Civil Veterinary Dept. Bombay admin report 1900-1906 - 1900-1906
Year: 1900
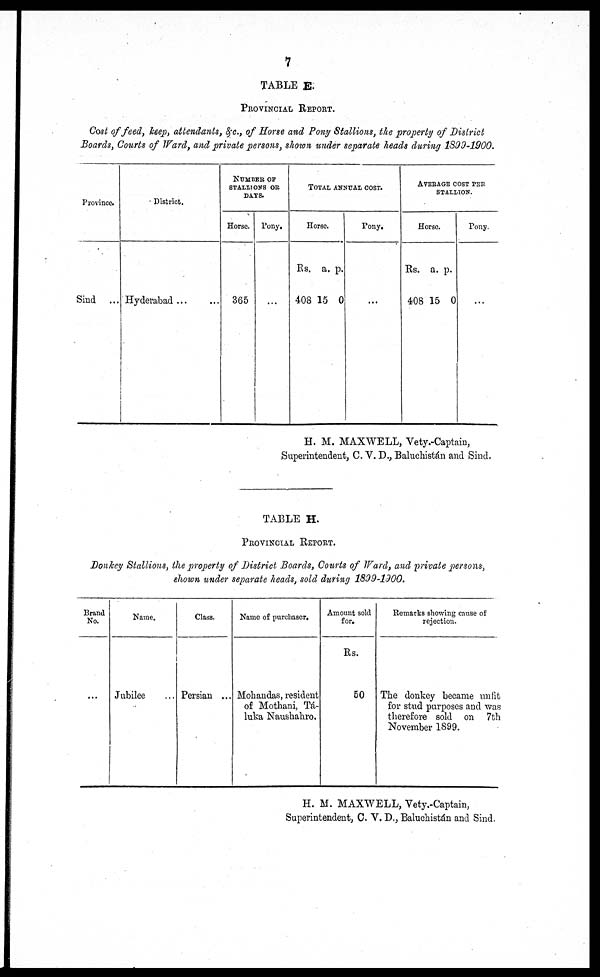
7
TABLE E.
PROVINCIAL REPORT.
Cost of feed, keep, attendants, &c., of Horse and Pony Stallions, the property of District
Boards, Courts of Ward, and private persons, shown under separate heads during 1899-1900.
Province.
Sind ...
District.
Hyderabad ... ...
NUMBER OF
STALLONS OR
DAYS.
Horse.
365
Pony.
...
TOTAL ANNUAL COST.
Horse.
Rs.
408
a.
15
p.
0
Pony.
...
AVERAGE COST PER
STALLION.
Horse.
Rs.
408
a.
15
p.
0
Pony.
...
H. M. MAXWELL, Vety.-Captain,
Superintendent, C. V. D., Baluchistán and Sind.
TABLE H.
PROVINCIAL REPORT.
Donkey Stallions, the property of District Boards, Courts of Ward, and private persons,
shown under separate heads, sold during 1899-1900.
Brand
No.
...
Name.
Jubilee
Class.
Persian ...
Name of purchaser.
Mohandas, resident
of Mothani, Tá-
luka Naushahro.
Amount sold
for.
Rs.
50
Remarks showing cause of
rejection.
The donkey became unfit
for stud purposes and was
therefore sold on 7th
November 1899.
H. M. MAXWELL, Vety.-Captain,
Superintendent, C. V. D., Baluchistán and Sind.